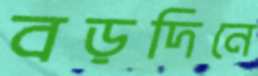
বড়দিনে